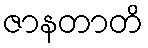
ဇာနတာတိ